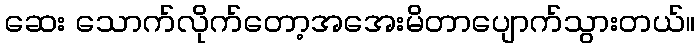
ဆေး သောက်လိုက်တော့အအေးမိတာပျောက်သွားတယ်။